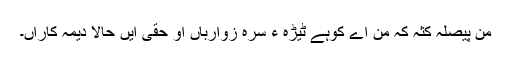
من پیصلہ کثہ کہ من اے کوہے ٹیڑہ ءِ سرہ زوارباں او حقی ایں حالا دیمہ کاراں۔